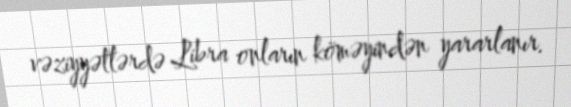
vəziyyətlərdə Libra onların köməyindən yararlanır.